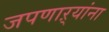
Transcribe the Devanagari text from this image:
जपणाऱ्यांना